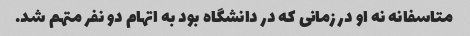
متاسفانه نه او در زمانی که در دانشگاه بود به اتهام دو نفر متهم شد.